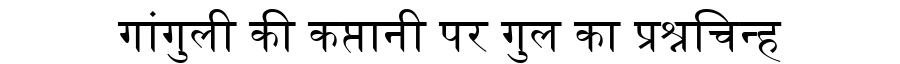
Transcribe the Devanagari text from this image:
गांगुली की कप्तानी पर गुल का प्रश्नचिन्ह